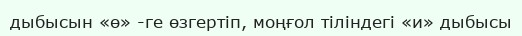
дыбысын «ө» -ге өзгертіп, моңғол тіліндегі «и» дыбысы